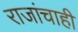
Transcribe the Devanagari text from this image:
राजांचाही